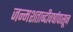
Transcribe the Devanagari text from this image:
जन्मशताब्दीवर्षापासून